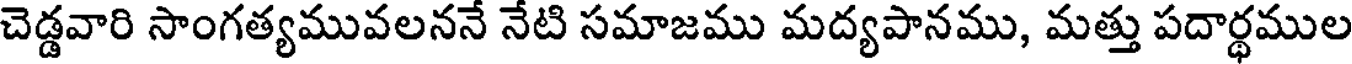
చెడ్డవారి సాంగత్యమువలననే నేటి సమాజము మద్యపానము, మత్తు పదార్థముల